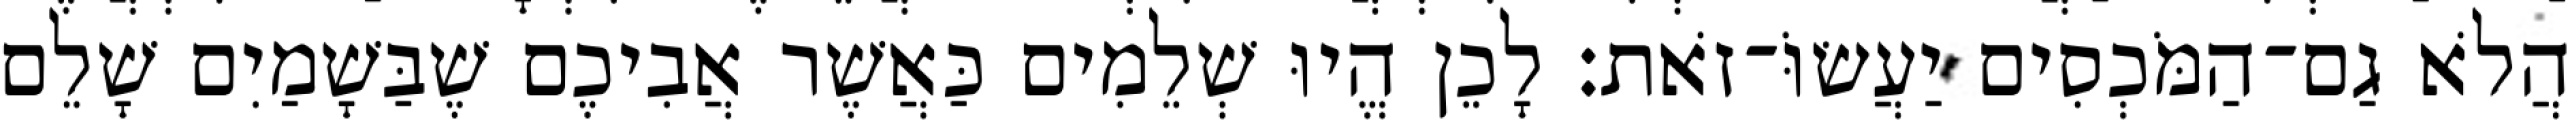
הֲלֹא גַם־הַמֹּכְסִים יַעֲשׂוֹּ־זֹאת׃ לָכֵן הֱיוּ שְׁלֵמִים כַּאֲשֶׁר אֲבִיכֶם שֶׁבַּשָׁמַיִם שָׁלֵם